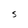
Character: S